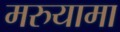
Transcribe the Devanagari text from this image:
मरुयामा